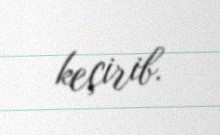
keçirib.